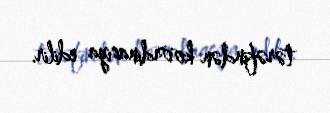
tərəfindən koordinasiya edilir.